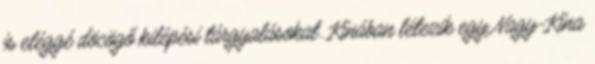
is eléggé döcögő kilépési tárgyalásokat. Kínában létezik egy Nagy-Kína